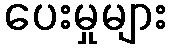
ပေးမှုများ